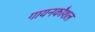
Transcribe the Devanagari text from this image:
गायनकौशल